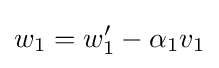
w_{1}=w_{1}'-\alpha _{1}v_{1}